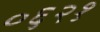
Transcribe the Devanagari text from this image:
०६२१